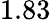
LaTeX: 1.83